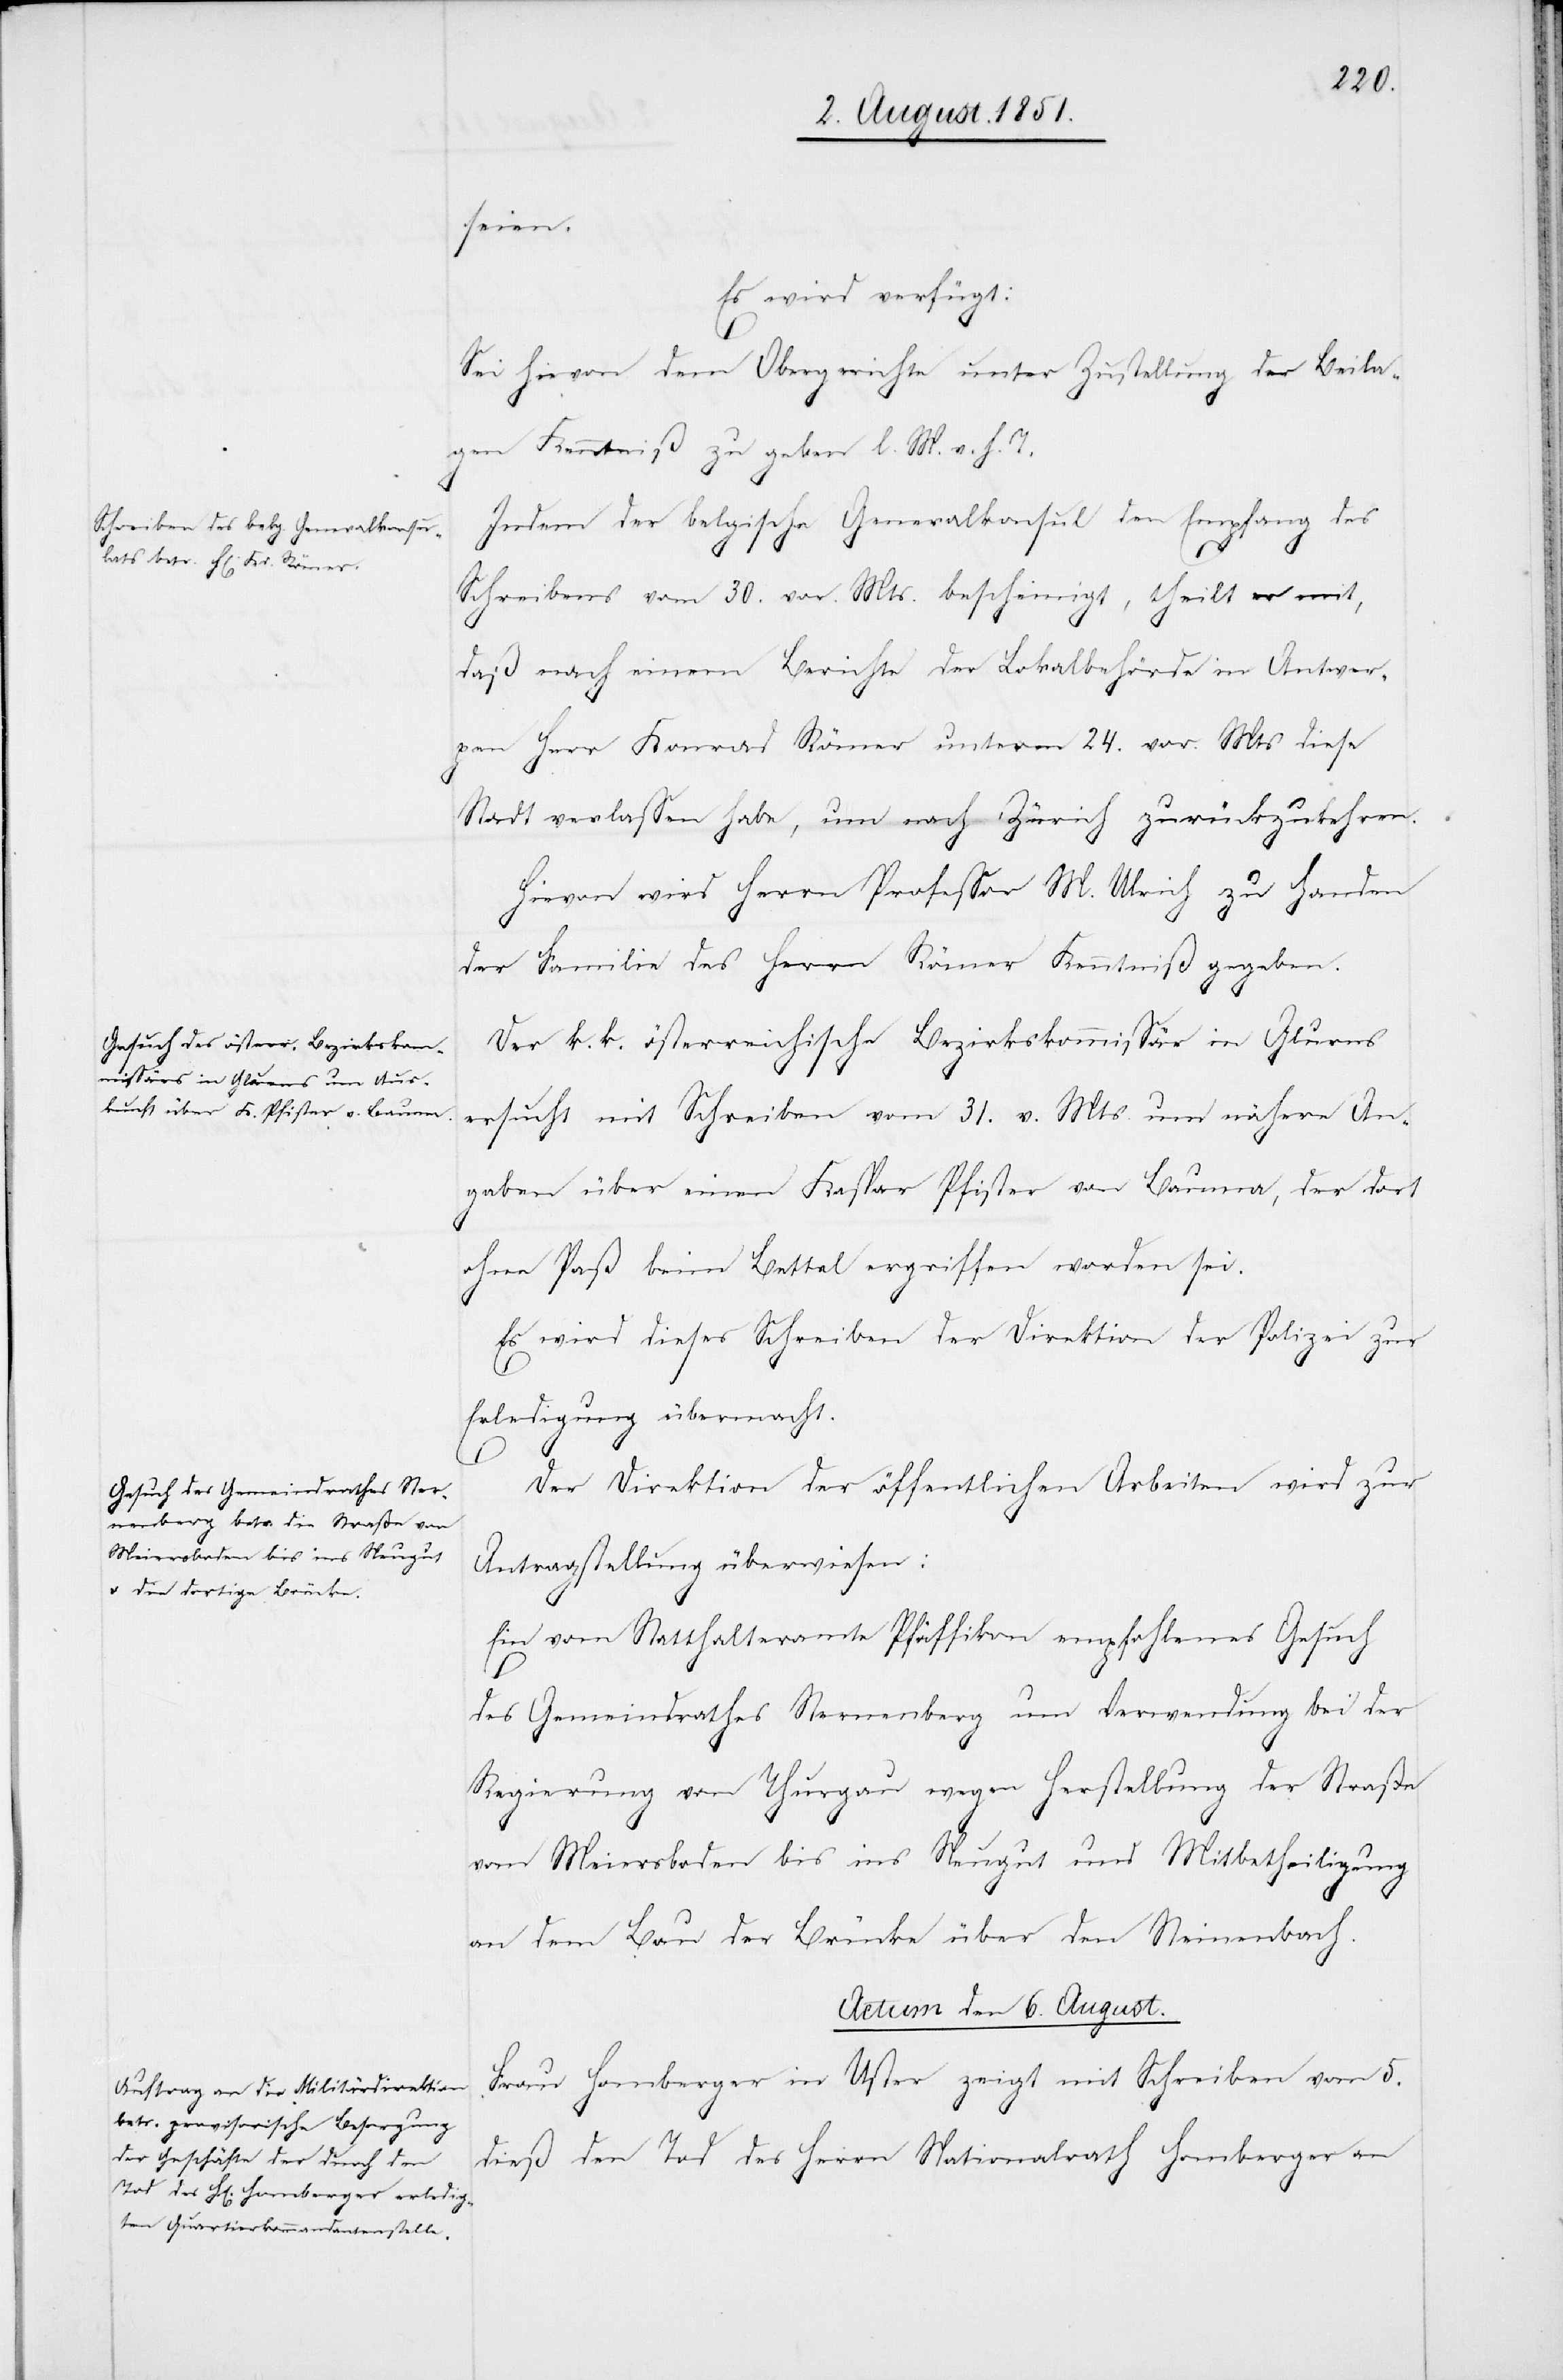
seien.
Es wird verfügt:
Sei hievon dem Obergerichte unter Zustellung der Beila¬
gen Kenntniß zu geben l. M. v. h. T.
Indem der belgische Generalkonsul den Empfang des
Schreibens vom 30. vor. Mts. bescheinigt, theilt er mit,
daß nach einem Berichte der Lokalbehörde in Antwer¬
pen Herr Konrad Römer unterm 24. vor. Mts diese
Stadt verlassen habe, um nach Zürich zurückzukehren.
Hievon wird Herrn Professor M. Ulrich zu Handen
der Familie des Herrn Römer Kenntniß gegeben.
Der k. k. österreichische Bezirkskommissär in Glurns
ersucht mit Schreiben vom 31. v. Mts. um nähere An¬
gaben über einen Kaspar Pfister von Bauma, der dort
ohne Paß beim Bettel ergriffen worden sei.
Es wird dieses Schreiben der Direktion der Polizei zur
Erledigung übermacht.
Der Direktion der öffentlichen Arbeiten wird zur
Antragstellung überwiesen:
Ein vom Statthalteramte Pfäffikon empfohlenes Gesuch
des Gemeindrathes Sternenberg um Verwendung bei der
Regierung von Thurgau wegen Herstellung der Straße
von Meiersboden bis ins Neugut und Mitbetheiligung
an dem Bau der Brücke über den Steinenbach.
Actum den 6. August.
Frau Homberger in Uster zeigt mit Schreiben vom 5.
dieß den Tod des Herrn Nationalrath Homberger an